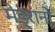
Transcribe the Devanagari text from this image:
मेड्रानो